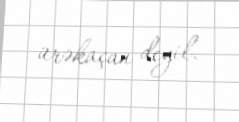
ürəkaçan deyil.